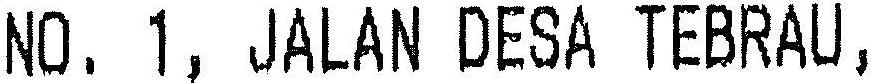
NO. 1, JALAN DESA TEBRAU,